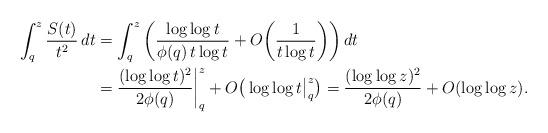
LaTeX: \begin{align*}\int_q^z \frac{S(t)}{t^2} \, dt &= \int_q^z \bigg( \frac{\log\log t}{\phi(q)\, t \log t} + O\bigg(\frac{1}{t \log t}\bigg) \bigg) \, dt \\&= \frac{(\log\log t)^2}{2 \phi(q)} \bigg|_q^z + O\big(\log\log t \big|_q^z\big) = \frac{(\log\log z)^2}{2 \phi(q)} + O(\log\log z).\end{align*}